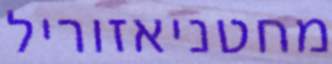
מחטניאזוריל